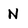
Character: N